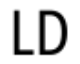
LD